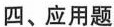
四、应用题